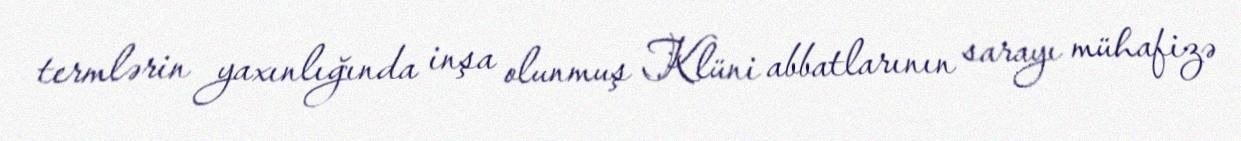
termlərin yaxınlığında inşa olunmuş Klüni abbatlarının sarayı mühafizə